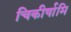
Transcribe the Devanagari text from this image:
चिकीर्षामि